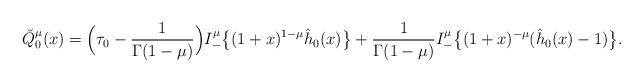
\begin{align*}\breve Q_0^\mu(x)= \Big(\tau_0 -\frac 1{\Gamma(1-\mu)} \Big)I_-^\mu \big\{(1+x)^{1-\mu} \hat h_0(x)\big\}+ \frac 1{\Gamma(1-\mu)} I_-^\mu \big\{(1+x)^{-\mu} (\hat h_0(x)-1)\big\}. \end{align*}